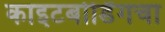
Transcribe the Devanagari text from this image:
काइटबोर्डिंगचा